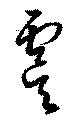
虞